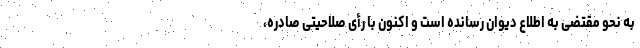
به نحو مقتضی به اطلاع دیوان رسانده است و اکنون با رأی صلاحیتی صادره،